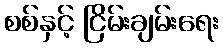
စစ်နှင့် ငြိမ်းချမ်းရေး